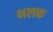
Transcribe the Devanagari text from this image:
भलक